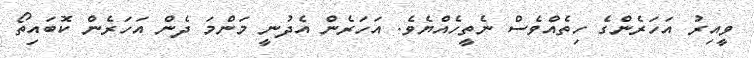
ވީއިރު އަހަރެންގެ ހިތެއްވެސް ނެތީހެއްޔެވެ. އަހަރެން އެދުނީ މަންމަ ދެން އަހަރެން ކޮބައިތޯ